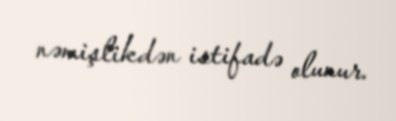
nəmişlikdən istifadə olunur.